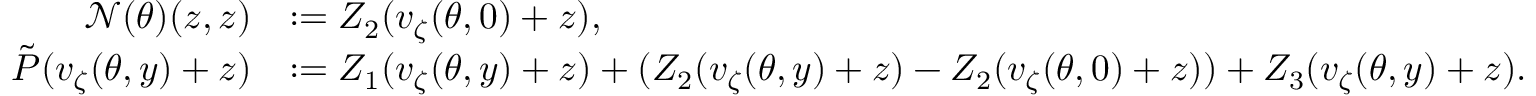
\begin{array} { r l } { \mathcal { N } ( \theta ) ( z , z ) } & { : = Z _ { 2 } ( v _ { \zeta } ( \theta , 0 ) + z ) , } \\ { \tilde { P } ( v _ { \zeta } ( \theta , y ) + z ) } & { : = Z _ { 1 } ( v _ { \zeta } ( \theta , y ) + z ) + ( Z _ { 2 } ( v _ { \zeta } ( \theta , y ) + z ) - Z _ { 2 } ( v _ { \zeta } ( \theta , 0 ) + z ) ) + Z _ { 3 } ( v _ { \zeta } ( \theta , y ) + z ) . } \end{array}